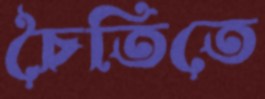
চৈতিতে